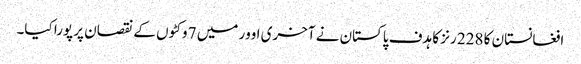
افغانستان کا 228 رنز کا ہدف پاکستان نے آخری اوور میں 7 وکٹوں کے نقصان پر پورا کیا۔